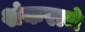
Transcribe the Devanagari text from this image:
शंकराच॓